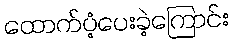
ထောက်ပံ့ပေးခဲ့ကြောင်း